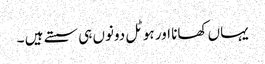
یہاں کھانا اور ہوٹل دونوں ہی سستے ہیں ۔